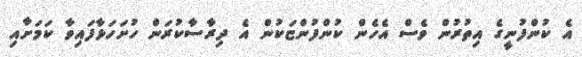
އެ ކުންފުނީގެ އިތުރުން ވެސް އެހެން ކުންފުންޏަކުން އެ ދިރާސާކުރަން ހުށަހަޅާފައިވާ ކަމަށާއި